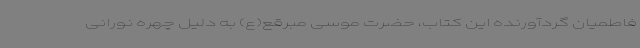
فاطمیان گردآورنده این کتاب، حضرت موسی مبرقع(ع) به دلیل چهره نورانی